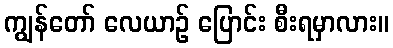
ကျွန်တော် လေယာဉ် ပြောင်း စီးရမှာလား။